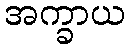
အက္ခာယ